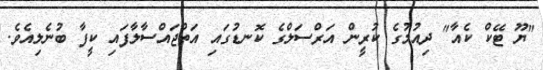
"ޔޫ ޓޭކް ކެއާ" ދިއުމުގެ ކުރީން އަރްސަލްގެ ކޮނޑުގައި އަތްޖައްސާލާފައި ކީފާ ބުނެލިއެވެ.